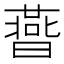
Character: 𣋅